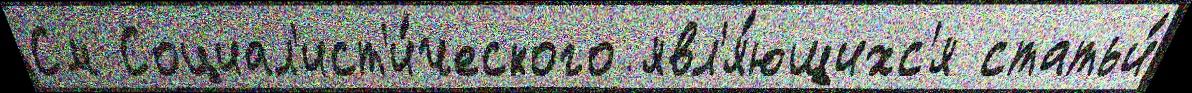
См Социал'ист'и́ческого явл'я́ющихс'я статьи́